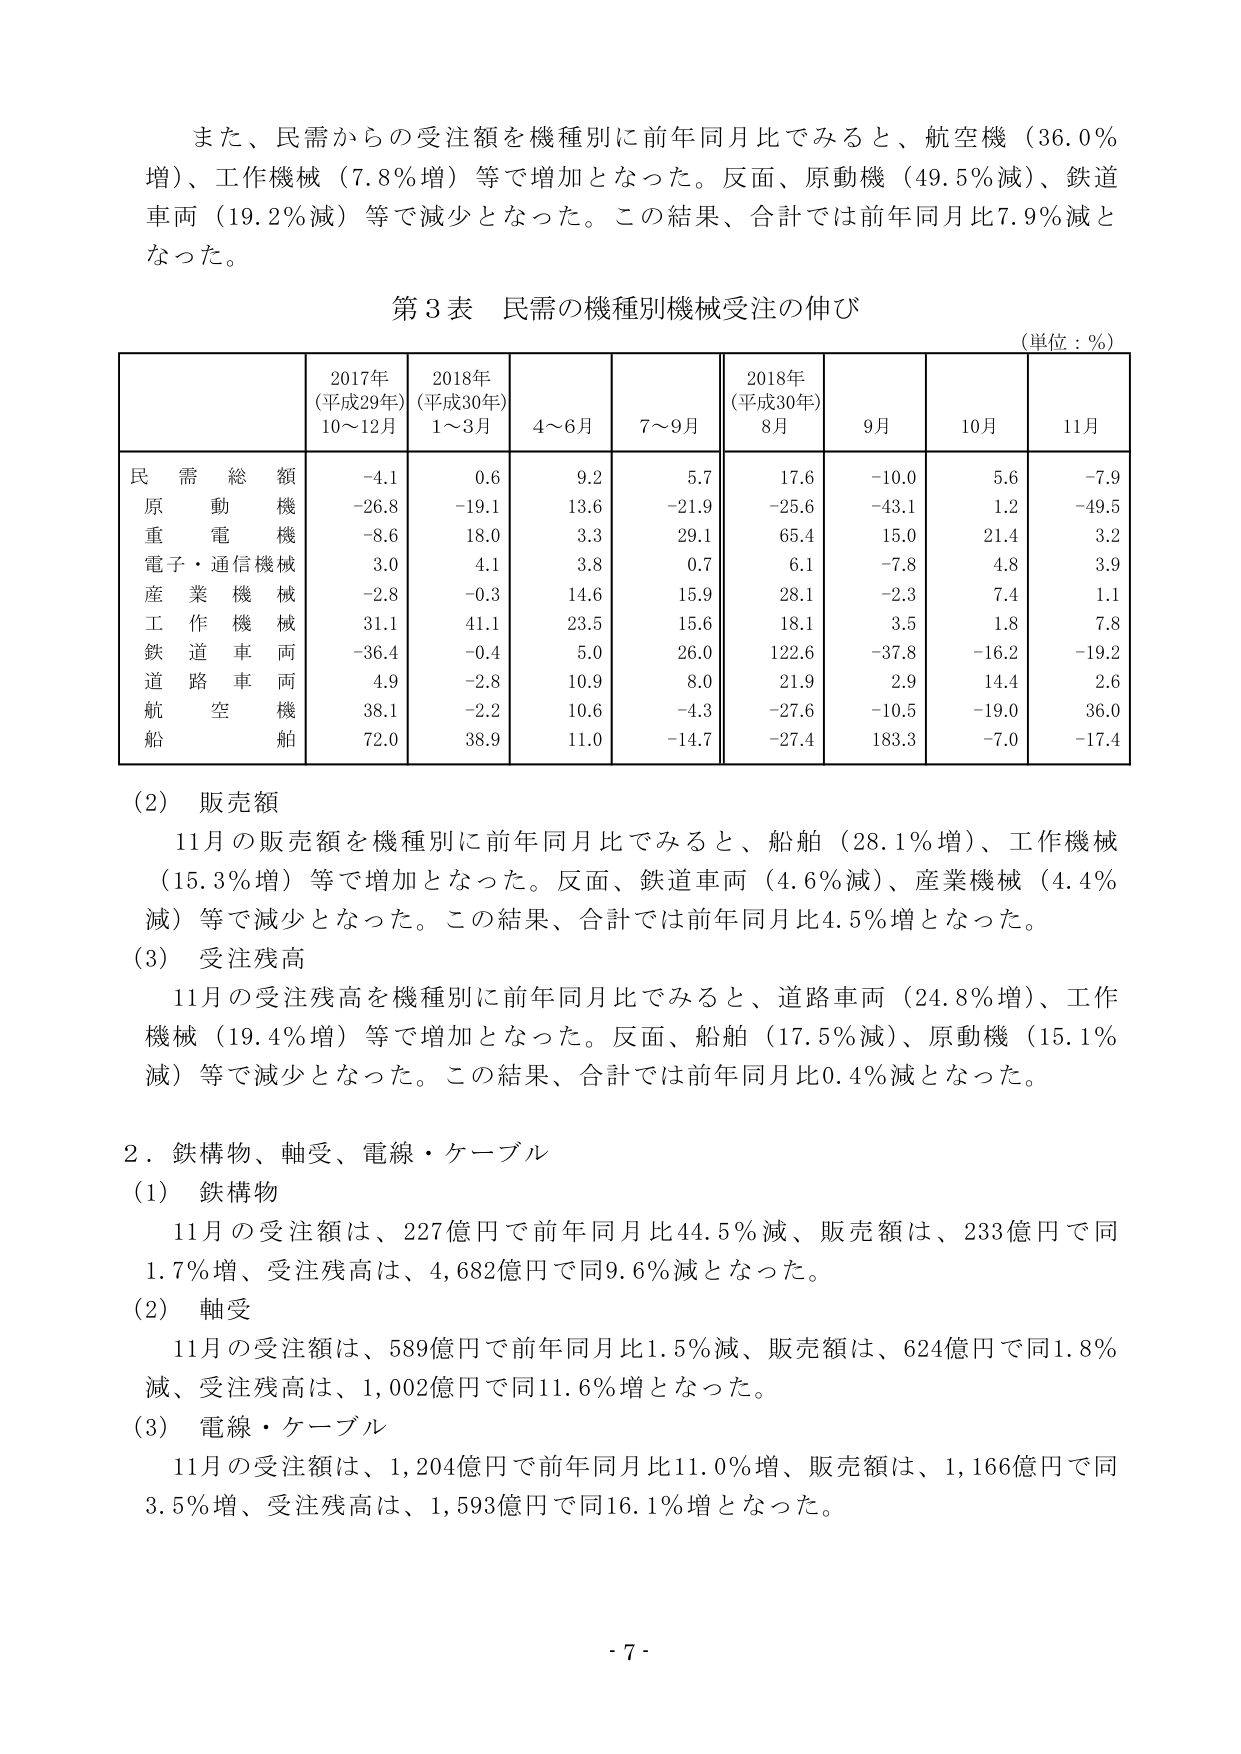
また、民需からの受注額を機種別に前年同月比でみると、航空機（36.0％増）、工作機械（7.8％増）等で増加となった。反面、原動機（49.5％減）、鉄道車両（19.2％減）等で減少となった。この結果、合計では前年同月比7.9％減となった。

第3表 民需の機種別機械受注の伸び
（単位：％）

| | 2017年（平成29年）10～12月 | 2018年（平成30年）1～3月 | 4～6月 | 7～9月 | 2018年（平成30年）8月 | 9月 | 10月 | 11月 |
|---|---|---|---|---|---|---|---|---|
| 民需総額 | -4.1 | 0.6 | 9.2 | 5.7 | 17.6 | -10.0 | 5.6 | -7.9 |
| 原動機 | -26.8 | -19.1 | 13.6 | -21.9 | -25.6 | -43.1 | 1.2 | -49.5 |
| 重電機械 | -8.6 | 18.0 | 3.3 | 29.1 | 65.4 | 15.0 | 21.4 | 3.2 |
| 電子・通信機械 | 3.0 | 4.1 | 3.8 | 0.7 | 6.1 | -7.8 | 4.8 | 3.9 |
| 産業機械 | -2.8 | -0.3 | 14.6 | 15.9 | 28.1 | -2.3 | 7.4 | 1.1 |
| 工作機械 | 31.1 | 41.1 | 23.5 | 15.6 | 18.1 | 3.5 | 1.8 | 7.8 |
| 鉄道車両 | -36.4 | -0.4 | 5.0 | 26.0 | 122.6 | -37.8 | -16.2 | -19.2 |
| 道路車両 | 4.9 | -2.8 | 10.9 | 8.0 | 21.9 | 2.9 | 14.4 | 2.6 |
| 航空機 | 38.1 | -2.2 | 10.6 | -4.3 | -27.6 | -10.5 | -19.0 | 36.0 |
| 船舶 | 72.0 | 38.9 | 11.0 | -14.7 | -27.4 | 183.3 | -7.0 | -17.4 |

(2) 販売額
11月の販売額を機種別に前年同月比でみると、船舶（28.1％増）、工作機械（15.3％増）等で増加となった。反面、鉄道車両（4.6％減）、産業機械（4.4％減）等で減少となった。この結果、合計では前年同月比4.5％増となった。

(3) 受注残高
11月の受注残高を機種別に前年同月比でみると、道路車両（24.8％増）、工作機械（19.4％増）等で増加となった。反面、船舶（17.5％減）、原動機（15.1％減）等で減少となった。この結果、合計では前年同月比0.4％減となった。

2．鉄構物、軸受、電線・ケーブル
(1) 鉄構物
11月の受注額は、227億円で前年同月比44.5％減、販売額は、233億円で同1.7％増、受注残高は、4,682億円で同9.6％減となった。

(2) 軸受
11月の受注額は、589億円で前年同月比1.5％減、販売額は、624億円で同1.8％減、受注残高は、1,002億円で同11.6％増となった。

(3) 電線・ケーブル
11月の受注額は、1,204億円で前年同月比11.0％増、販売額は、1,166億円で同3.5％増、受注残高は、1,593億円で同16.1％増となった。

- 7 -